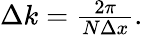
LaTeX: \begin{array}{r}{\Delta k=\frac{2\pi}{N\Delta x}}\end{array}.